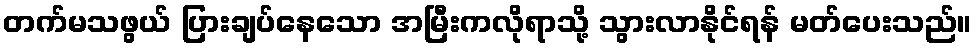
တက်မသဖွယ် ပြားချပ်နေသော အမြီးကလိုရာသို့ သွားလာနိုင်ရန် မတ်ပေးသည်။